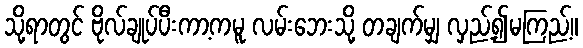
သို့ရာတွင် ဗိုလ်ချုပ်ပီးကာ့ကမူ လမ်းဘေးသို့ တချက်မျှ လှည့်၍မကြည့်။